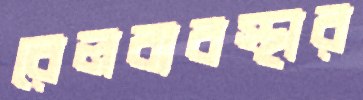
রেলব্যবস্থার